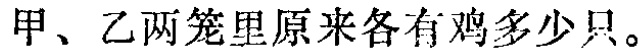
甲、乙两笼里原来各有鸡多少只。